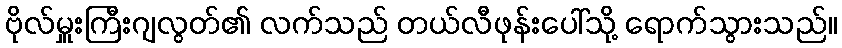
ဗိုလ်မှူးကြီးဂျလွတ်၏ လက်သည် တယ်လီဖုန်းပေါ်သို့ ရောက်သွားသည်။